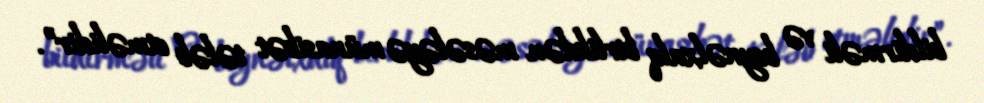
bildirməli və beynəlxalq birlikdən məsələyə münasibət tələb etməlidir”.